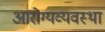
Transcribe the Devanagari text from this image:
आरोग्यव्यवस्था